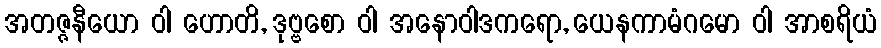
အတဇ္ဇနီယော ဝါ ဟောတိ, ဒုဗ္ဗစော ဝါ အနောဝါဒကရော, ယေနကာမံဂမော ဝါ အာစရိယံ